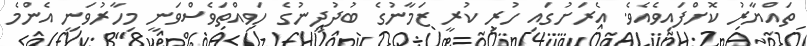
ތައްޔާރު ކޮށްފައިވެއެވެ. އެރަށުގައި ހުރި ކުރީ ޒަމާނުގެ ބުދުދީނުގެ ހަވިއްތަވެސްވަނީ މިހާރުވަނީ އެންމެ